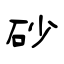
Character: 砂